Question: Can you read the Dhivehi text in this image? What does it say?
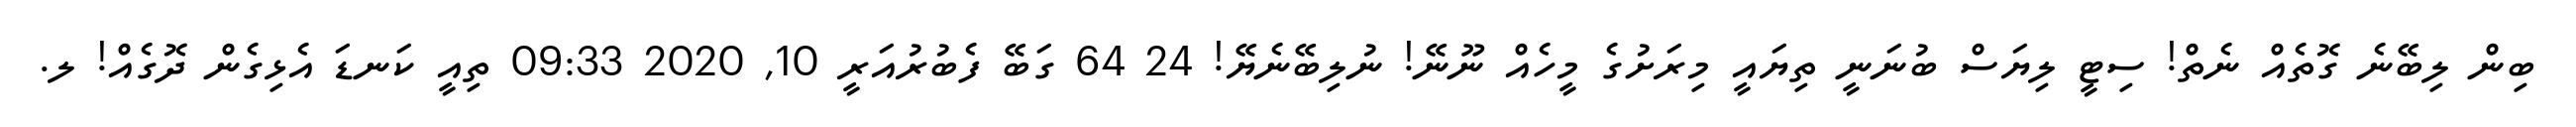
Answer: ބިން ލިބޭނެ ގޮތެއް ނެތް! ސިޓީ ލިޔަސް ބުނަނީ ތިޔައީ މިރަށުގެ މީހެއް ނޫނޭ! ނުލިބޭނެޔޭ! 24 64 ގަބޭ ފެބުރުއަރީ 10, 2020 09:33 ތިއީ ކަނޑަ އެޅިގެން ދޮގެއް! ލ.